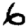
Digit: 6